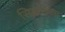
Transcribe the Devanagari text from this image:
सिद्धटेकला